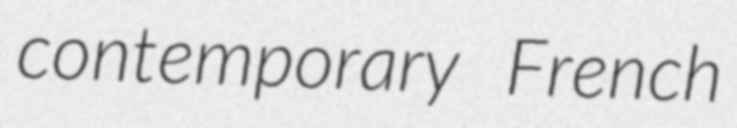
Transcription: contemporary French